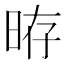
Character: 𣆱